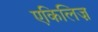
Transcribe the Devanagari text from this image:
एकिलिज़